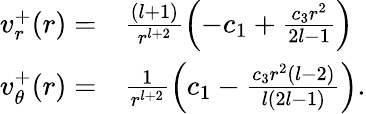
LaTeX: \begin{array}{rl}{v_{r}^{+}(r)=}&{{}\frac{(l+1)}{r^{l+2}}\left(-c_{1}+\frac{c_{3}r^{2}}{2l-1}\right)}\\ {v_{\theta}^{+}(r)=}&{{}\frac{1}{r^{l+2}}\left(c_{1}-\frac{c_{3}r^{2}(l-2)}{l(2l-1)}\right).}\end{array}